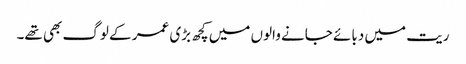
ریت میں دبائے جانے والوں میں کچھ بڑی عمر کے لوگ بھی تھے۔